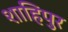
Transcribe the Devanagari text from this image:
शाहिपुर